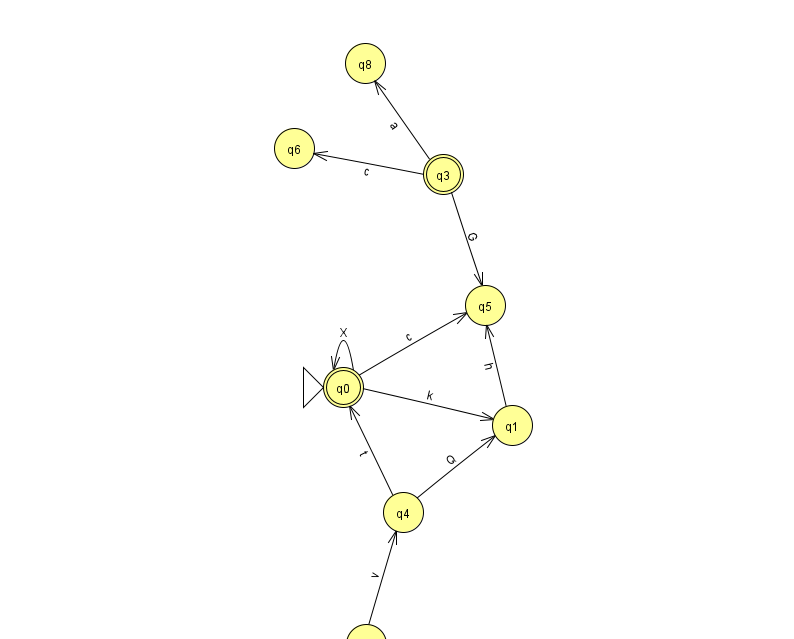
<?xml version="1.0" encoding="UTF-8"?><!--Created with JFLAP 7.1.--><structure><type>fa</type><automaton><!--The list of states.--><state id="0" name="q0"><x>343.0</x><y>374.0</y><initial/><final/></state><state id="1" name="q1"><x>512.0</x><y>412.0</y></state><state id="2" name="q2"><x>366.0</x><y>631.0</y></state><state id="3" name="q3"><x>443.0</x><y>161.0</y><final/></state><state id="4" name="q4"><x>403.0</x><y>499.0</y></state><state id="5" name="q5"><x>485.0</x><y>292.0</y></state><state id="6" name="q6"><x>294.0</x><y>135.0</y></state><state id="7" name="q7"><x>230.0</x><y>651.0</y></state><state id="8" name="q8"><x>365.0</x><y>50.0</y></state><!--The list of transitions.--><transition><from>0</from><to>5</to><read>c</read></transition><transition><from>4</from><to>1</to><read>Q</read></transition><transition><from>3</from><to>8</to><read>a</read></transition><transition><from>3</from><to>5</to><read>G</read></transition><transition><from>2</from><to>7</to><read>Y</read></transition><transition><from>4</from><to>0</to><read>t</read></transition><transition><from>0</from><to>0</to><read>X</read></transition><transition><from>1</from><to>5</to><read>h</read></transition><transition><from>0</from><to>1</to><read>k</read></transition><transition><from>2</from><to>4</to><read>v</read></transition><transition><from>3</from><to>6</to><read>c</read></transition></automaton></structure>